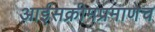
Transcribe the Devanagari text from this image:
आईसक्रीमप्रमाणेच